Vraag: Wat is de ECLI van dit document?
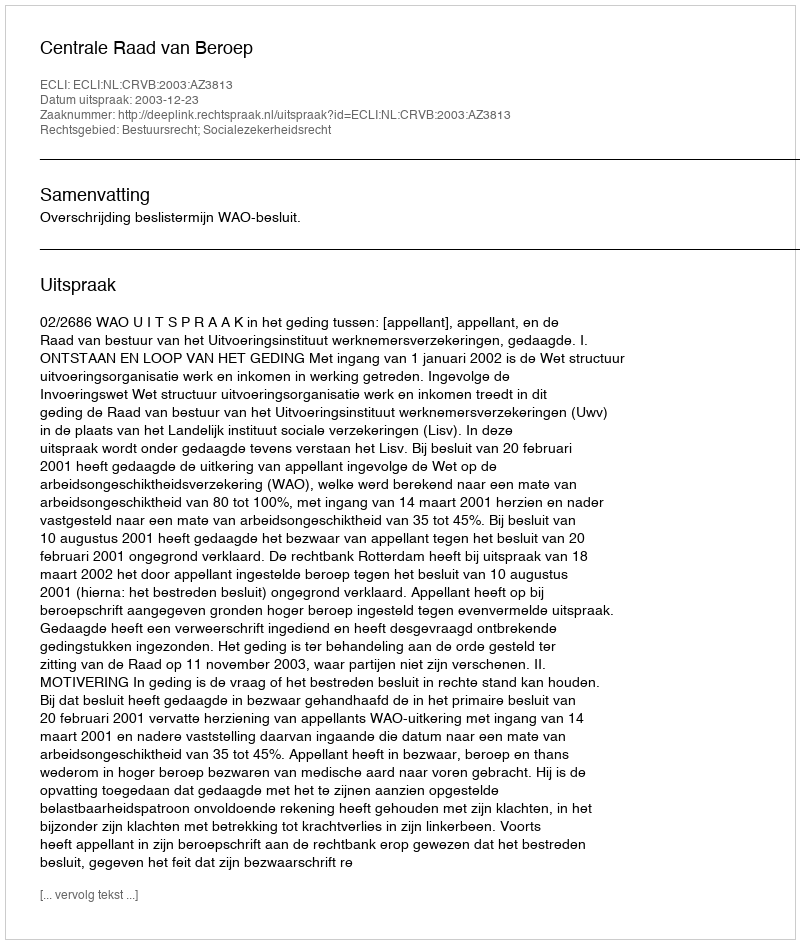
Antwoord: ECLI:NL:CRVB:2003:AZ3813